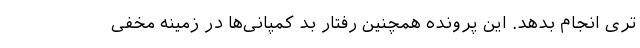
تری انجام بدهد. این پرونده همچنین رفتار بد کمپانی‌‌ها در زمینه مخفی